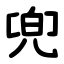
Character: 兜